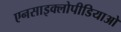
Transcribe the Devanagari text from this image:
एनसाइक्लोपीडियाओ